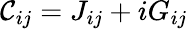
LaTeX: {\cal C}_{ij}=J_{ij}+iG_{ij}